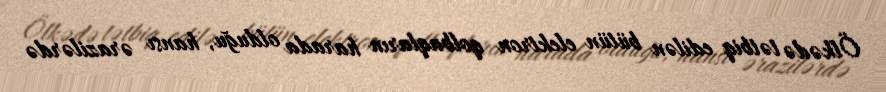
Ölkədə tətbiq edilən bütün elektron qolbaqların harada olduğu, hansı ərazilərdə